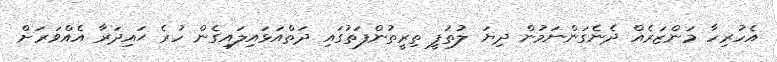
އެހުރިހާ މަންޒަރެއް ދެނެގަންނަމުން ދިޔަ ލުތުފީ ތިރީތުންފަތުގައި ދަތްއަޅައިލައިގެން ހުރެ ޙައިދަރާ އެއްވަރަށް